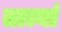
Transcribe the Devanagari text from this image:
तात्यां